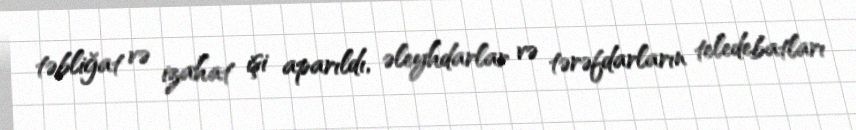
təbliğat və izahat işi aparıldı, əleyhdarlar və tərəfdarların teledebatları